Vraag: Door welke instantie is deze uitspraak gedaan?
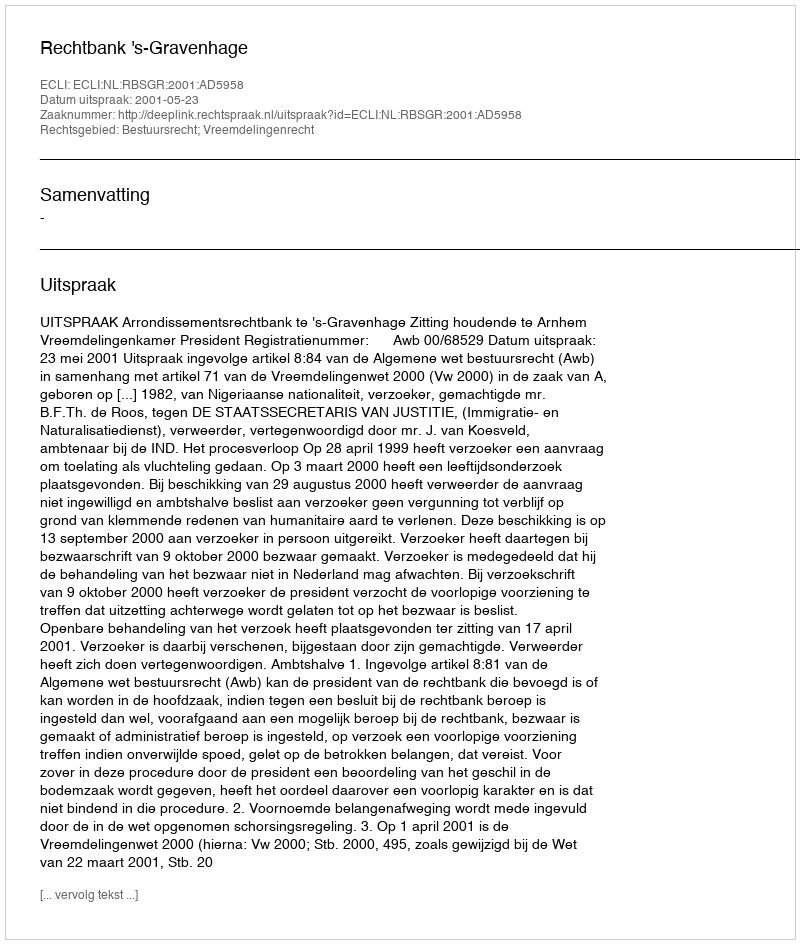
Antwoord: Rechtbank 's-Gravenhage